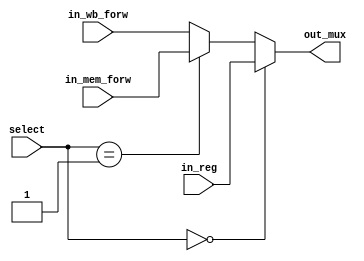
`timescale 1ns / 1ps
//////////////////////////////////////////////////////////////////////////////////
// Company: 
// Engineer: 
// 
// Design Name: 
// Module Name: mux
// Project Name: 
// Target Devices: 
// Tool Versions: 
// Description: 
// 
// Dependencies: 
// 
// Revision:
// Revision 0.01 - File Created
// Additional Comments:
// 
//////////////////////////////////////////////////////////////////////////////////


module mux_forwarding #(
	parameter len = 32
	) (
	input [len-1:0] in_reg,			//entrada desde registros
	input [len-1:0] in_mem_forw,	//salida de alu de clock anterior
	input [len-1:0] in_wb_forw,		//salida del mux final de writeback
	input [1:0] select,
	output [len-1:0] out_mux
    );

    assign out_mux 	= (select == 2'b00) ? in_reg
    				: (select == 2'b01) ? in_mem_forw
    									: in_wb_forw;    
endmodule